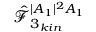
\hat { \mathcal { F } } _ { 3 _ { k i n } } ^ { | A _ { 1 } | ^ { 2 } A _ { 1 } }